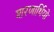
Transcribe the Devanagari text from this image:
शरणार्थियो